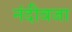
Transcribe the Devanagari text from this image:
नंदीवजा